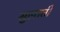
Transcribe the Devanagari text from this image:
सुलाती